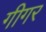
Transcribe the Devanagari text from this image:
गीगर